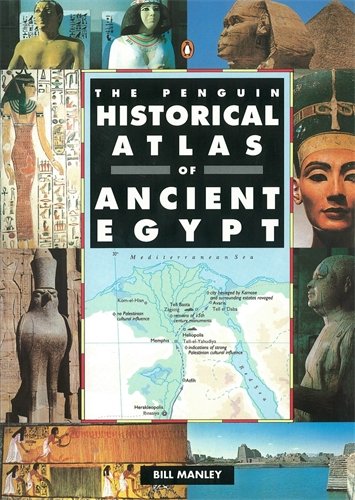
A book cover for The Penguin Historical Atlas of Ancient Egypt (Hist Atlas); Bill Manley; Science & Math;